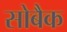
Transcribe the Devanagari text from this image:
सोबैक